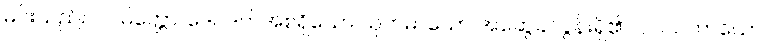
မင်းသည်။ ပါပမိတ္တော၊ ဒေဝဒတ်အစရှိသော ယုတ်မာသော အဆွေခင်ပွန်းရှိ၏။ ပါပသဟာယော၊